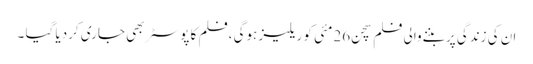
ان کی زندگی پر بننےوالی فلم سچن 26مئی کو ریلیز ہوگی ،فلم کا پوسٹر بھی جاری کردیا گیا ۔